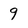
Character: 9